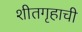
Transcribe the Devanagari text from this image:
शीतगृहाची